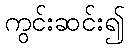
ကွင်းဆင်း၍